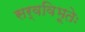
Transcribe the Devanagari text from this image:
सर्वविभूतेः